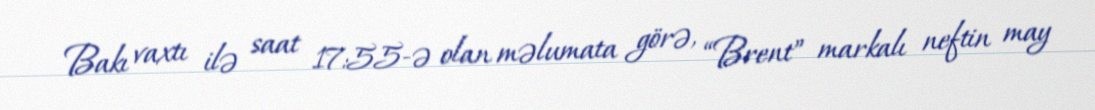
Bakı vaxtı ilə saat 17:55-ə olan məlumata görə, “Brent” markalı neftin may